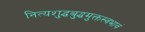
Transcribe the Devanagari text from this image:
नित्यशुद्धबुद्धमुक्तस्वभावं